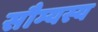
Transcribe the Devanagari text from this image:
सौम्यस्य